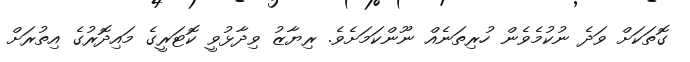
ގޮތަކަށް ވަދެ ނުކުމެވެން ހުރިތަނެއް ނޫންކަމަށެވެ. ރިޔާޒު ވިދާޅުވީ ކޮޓަރީގެ މައިދޮރުގެ އިތުރަށް